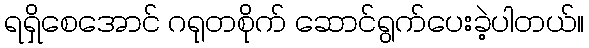
ရရှိစေအောင် ဂရုတစိုက် ဆောင်ရွက်ပေးခဲ့ပါတယ်။